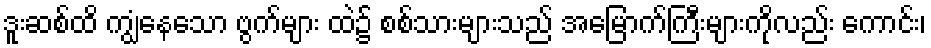
ဒူးဆစ်ထိ ကျွံနေသော ဗွက်များ ထဲ၌ စစ်သားများသည် အမြောက်ကြီးများကိုလည်း ကောင်း၊